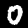
Label: 0